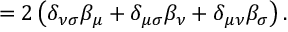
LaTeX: = 2 \left( \delta _ { \nu \sigma } \beta _ { \mu } + \delta _ { \mu \sigma } \beta _ { \nu } + \delta _ { \mu \nu } \beta _ { \sigma } \right) .